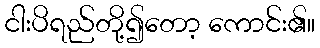
ငါးပိရည်တို့၍တော့ ကောင်း၏။